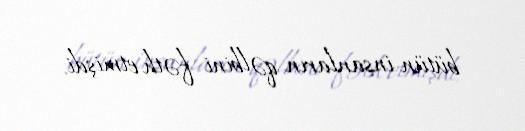
bütün insanların qəlbini fəth etmişdi.